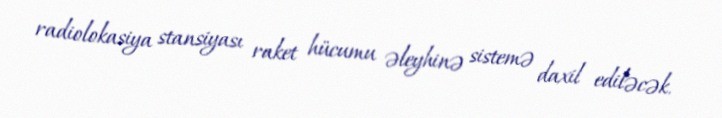
radiolokasiya stansiyası raket hücumu əleyhinə sistemə daxil ediləcək.